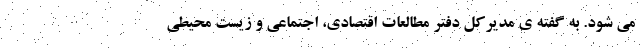
می شود. به گفته ی مدیرکل دفتر مطالعات اقتصادی، اجتماعی و زیست محیطی